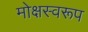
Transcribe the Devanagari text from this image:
मोक्षस्वरूप